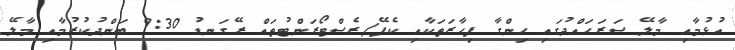
އުޅުމާއި މާލޭ ސަރަހައްދުގައި ހިންގާ ފިހާރަތަކާއި ކެފޭ/ރެސްޓޯރަންޓުތައް ރޭގަނޑު 9:30 ބަންދުކުރުމާއި މާލޭ